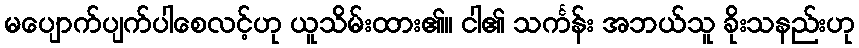
မပျောက်ပျက်ပါစေလင့်ဟု ယူသိမ်းထား၏။ ငါ၏ သင်္ကန်း အဘယ်သူ ခိုးသနည်းဟု